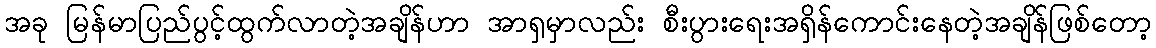
အခု မြန်မာပြည်ပွင့်ထွက်လာတဲ့အချိန်ဟာ အာရှမှာလည်း စီးပွားရေးအရှိန်ကောင်းနေတဲ့အချိန်ဖြစ်တော့